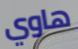
هاوي